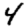
Digit: 4